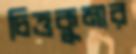
চিত্তকুমার